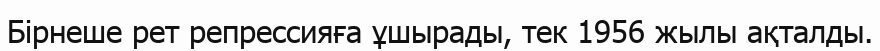
Бірнеше рет репрессияға ұшырады, тек 1956 жылы ақталды.